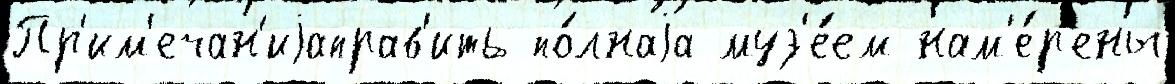
Пр'им'ечан'иjаправ'ить по́лнаjа муз'е́ем нам'е́р'ены